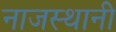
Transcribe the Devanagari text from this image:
नाजस्थानी